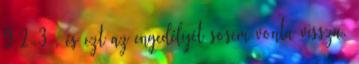
9:2-3 , és ezt az engedélyét sosem vonta vissza.